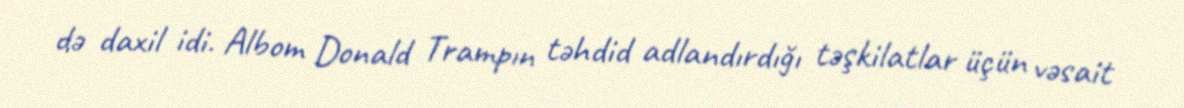
də daxil idi. Albom Donald Trampın təhdid adlandırdığı təşkilatlar üçün vəsait